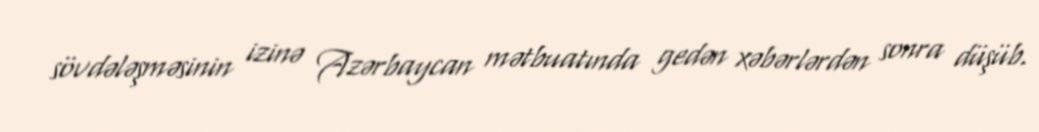
sövdələşməsinin izinə Azərbaycan mətbuatında gedən xəbərlərdən sonra düşüb.